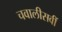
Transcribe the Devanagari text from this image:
चवालीसवीं